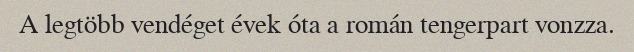
A legtöbb vendéget évek óta a román tengerpart vonzza.